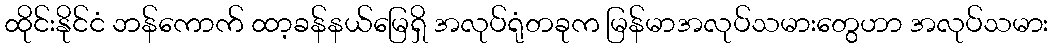
ထိုင်းနိုင်ငံ ဘန်ကောက် ထာ့ခန်နယ်မြေရှိ အလုပ်ရုံတခုက မြန်မာအလုပ်သမားတွေဟာ အလုပ်သမား